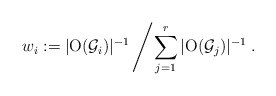
\begin{align*}w_i:=|\mathrm{O}(\mathcal{G}_i)|^{-1}\left/ \sum_{j=1}^r|\mathrm{O}(\mathcal{G}_j)|^{-1}\right..\end{align*}